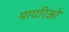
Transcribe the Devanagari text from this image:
मायरिओ